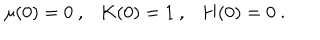
\mu ( 0 ) = 0 \ , \ \ \ K ( 0 ) = 1 \ , \ \ \ H ( 0 ) = 0 \ .